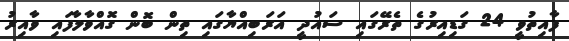
ފާއިތުވީ 24 ގަޑިއިރުގެ ތެރޭގައި ސައުދީ އަރަބިއްޔާގައި ތިން ބޮން ގޮއްވާލާފައި ވާއިރު